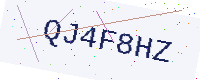
Text: QJ4F8HZ